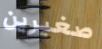
صغيرين